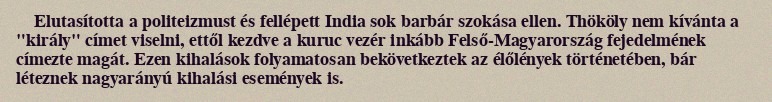
Elutasította a politeizmust és fellépett India sok barbár szokása ellen. Thököly nem kívánta a "király" címet viselni, ettől kezdve a kuruc vezér inkább Felső-Magyarország fejedelmének címezte magát. Ezen kihalások folyamatosan bekövetkeztek az élőlények történetében, bár léteznek nagyarányú kihalási események is.